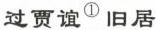
过贾谊^{①}旧居